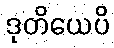
ဒုတိယေပိ